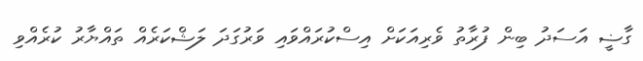
ގާޟީ އަސަދު ބިން ފުރާތު ވެރިއަކަށް އިސްކުރައްވައި ވަރުގަދަ ލަޝްކަރެއް ތައްޔާރު ކުރެއްވި